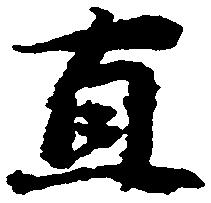
直